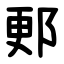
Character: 郠